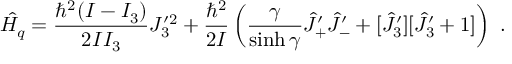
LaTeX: \hat { H _ { q } } = \frac { \hbar ^ { 2 } ( I - I _ { 3 } ) } { 2 I I _ { 3 } } J _ { 3 } ^ { \prime 2 } + \frac { \hbar ^ { 2 } } { 2 I } \left( \frac { \gamma } { \sinh \gamma } \hat { J } _ { + } ^ { \prime } \hat { J } _ { - } ^ { \prime } + [ \hat { J } _ { 3 } ^ { \prime } ] [ \hat { J } _ { 3 } ^ { \prime } + 1 ] \right) ~ .